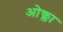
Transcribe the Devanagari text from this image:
ओक्ला